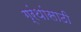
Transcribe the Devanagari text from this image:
ग्रंथांसाठी